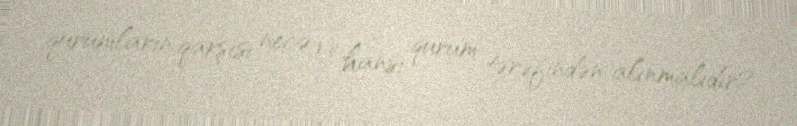
qurumların qarşısı necə və hansı qurum tərəfindən alınmalıdır?.